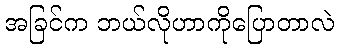
အခြင်က ဘယ်လိုဟာကိုပြောတာလဲ